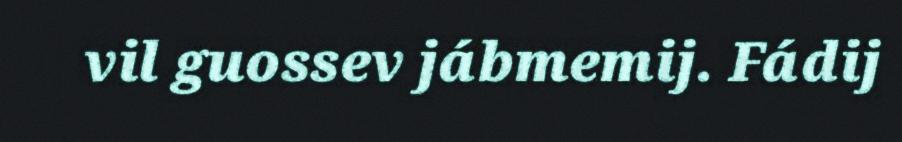
vil guossev jábmemij. Fádij